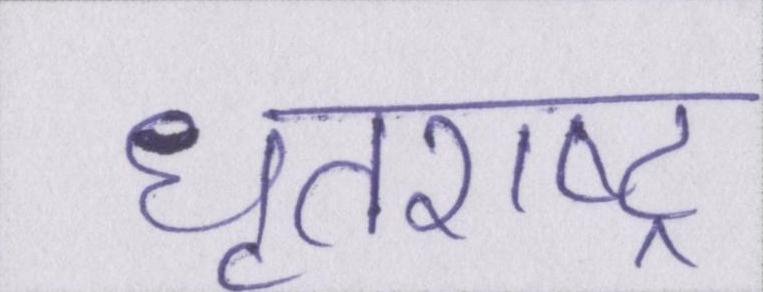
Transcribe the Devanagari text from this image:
धृतराष्ट्र